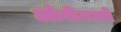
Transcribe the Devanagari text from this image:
ओवीमध्ये